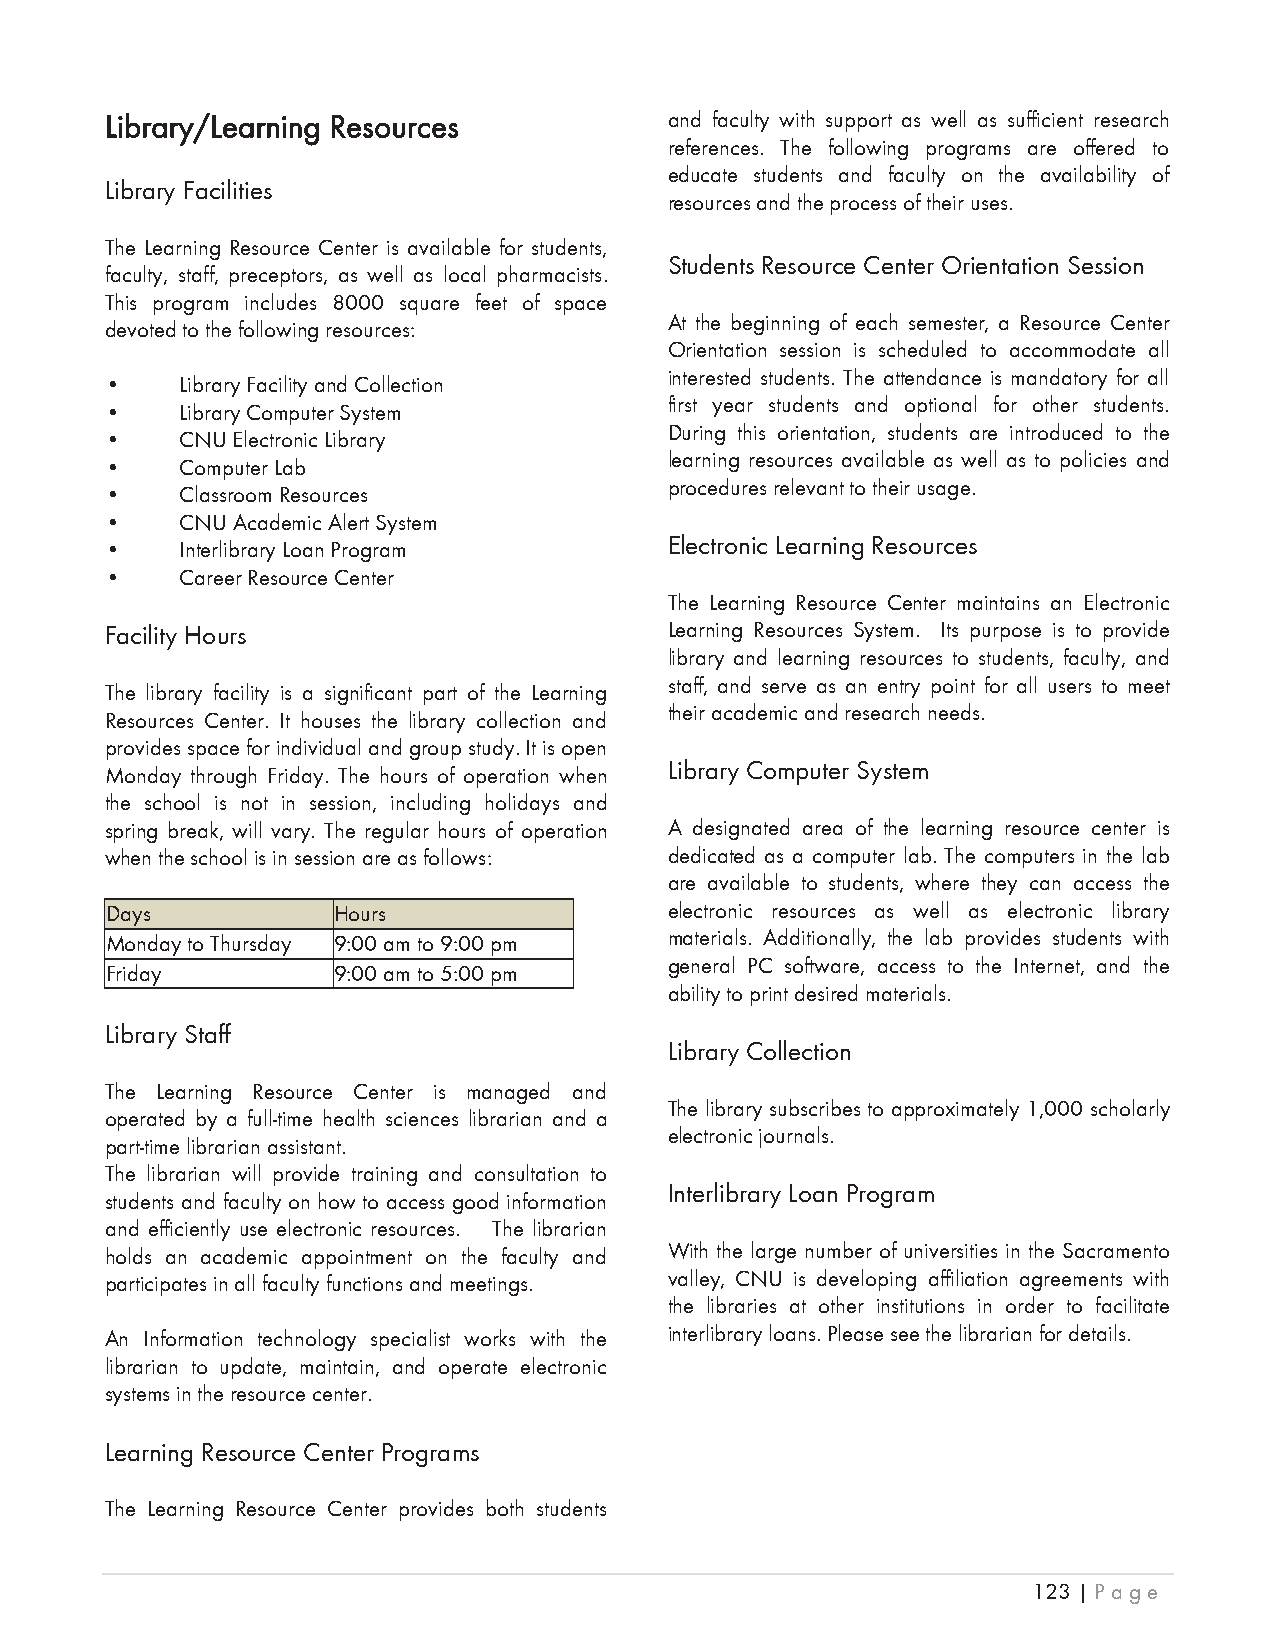
LLibrary/Learning Resources          and faculty with support as well as sufficient research
 references. The following programs are offered to
 educate students and faculty on the availability of
 Library Facilities
 resources and the process of their uses.
 The Learning Resource Center is available for students,
 Students Resource Center Orientation Session
 faculty, staff, preceptors, as well as local pharmacists.
 This program includes 8000 square feet of space
 At the beginning of each semester, a Resource Center
 devoted to the following resources:
 Orientation session is scheduled to accommodate all
 interested students. The attendance is mandatory for all
 •    Library Facility and Collection
 first year students and optional for other students.
 •    Library Computer System
 During this orientation, students are introduced to the
 •    CNU Electronic Library
 learning resources available as well as to policies and
 •    Computer Lab
 procedures relevant to their usage.
 •    Classroom Resources
 •    CNU Academic Alert System
 •    Interlibrary Loan Program       Electronic Learning Resources
 •    Career Resource Center
 The Learning Resource Center maintains an Electronic
 Facility Hours                       Learning Resources System. Its purpose is to provide
 library and learning resources to students, faculty, and
 staff, and serve as an entry point for all users to meet
 The library facility is a significant part of the Learning
 their academic and research needs.
 Resources Center. It houses the library collection and
 provides space for individual and group study. It is open
 Monday through Friday. The hours of operation when Library Computer System
 the school is not in session, including holidays and
 spring break, will vary. The regular hours of operation A designated area of the learning resource center is
 when the school is in session are as follows: dedicated as a computer lab. The computers in the lab
 are available to students, where they can access the
 Days           Hours                 electronic resources as well as electronic library
 Monday to Thursday 9:00 am to 9:00 pm materials. Additionally, the lab provides students with
 general PC software, access to the Internet, and the
 Friday         9:00 am to 5:00 pm
 ability to print desired materials.
 Library Staff
 Library Collection
 The Learning Resource Center is managed and
 The library subscribes to approximately 1,000 scholarly
 operated by a full-time health sciences librarian and a
 electronic journals.
 part-time librarian assistant.
 The librarian will provide training and consultation to
 Interlibrary Loan Program
 students and faculty on how to access good information
 and efficiently use electronic resources. The librarian
 holds an academic appointment on the faculty and With the large number of universities in the Sacramento
 participates in all faculty functions and meetings. valley, CNU is developing affiliation agreements with
 the libraries at other institutions in order to facilitate
 An Information technology specialist works with the interlibrary loans. Please see the librarian for details.
 librarian to update, maintain, and operate electronic
 systems in the resource center.
 Learning Resource Center Programs
 The Learning Resource Center provides both students
 123 | Page